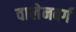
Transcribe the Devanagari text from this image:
वालेनबर्ग